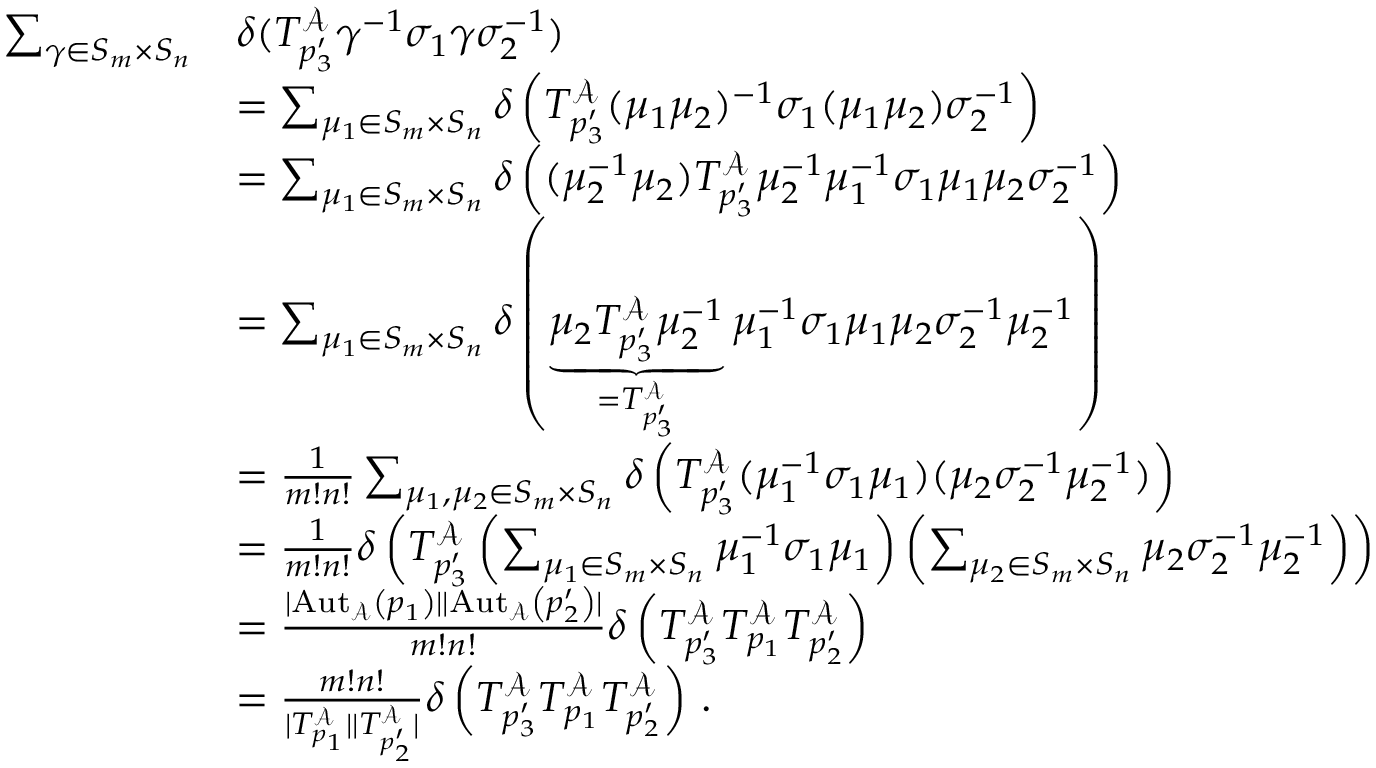
\begin{array} { r l } { \sum _ { \gamma \in S _ { m } \times S _ { n } } } & { \delta ( T _ { p _ { 3 } ^ { \prime } } ^ { \mathcal { A } } \gamma ^ { - 1 } \sigma _ { 1 } \gamma \sigma _ { 2 } ^ { - 1 } ) } \\ & { = \sum _ { \mu _ { 1 } \in S _ { m } \times S _ { n } } \delta \left( T _ { p _ { 3 } ^ { \prime } } ^ { \mathcal { A } } ( \mu _ { 1 } \mu _ { 2 } ) ^ { - 1 } \sigma _ { 1 } ( \mu _ { 1 } \mu _ { 2 } ) \sigma _ { 2 } ^ { - 1 } \right) } \\ & { = \sum _ { \mu _ { 1 } \in S _ { m } \times S _ { n } } \delta \left( ( \mu _ { 2 } ^ { - 1 } \mu _ { 2 } ) T _ { p _ { 3 } ^ { \prime } } ^ { \mathcal { A } } \mu _ { 2 } ^ { - 1 } \mu _ { 1 } ^ { - 1 } \sigma _ { 1 } \mu _ { 1 } \mu _ { 2 } \sigma _ { 2 } ^ { - 1 } \right) } \\ & { = \sum _ { \mu _ { 1 } \in S _ { m } \times S _ { n } } \delta \left( \underbrace { \mu _ { 2 } T _ { p _ { 3 } ^ { \prime } } ^ { \mathcal { A } } \mu _ { 2 } ^ { - 1 } } _ { = T _ { p _ { 3 } ^ { \prime } } ^ { \mathcal { A } } } \mu _ { 1 } ^ { - 1 } \sigma _ { 1 } \mu _ { 1 } \mu _ { 2 } \sigma _ { 2 } ^ { - 1 } \mu _ { 2 } ^ { - 1 } \right) } \\ & { = \frac { 1 } { m ! n ! } \sum _ { \mu _ { 1 } , \mu _ { 2 } \in S _ { m } \times S _ { n } } \delta \left( T _ { p _ { 3 } ^ { \prime } } ^ { \mathcal { A } } ( \mu _ { 1 } ^ { - 1 } \sigma _ { 1 } \mu _ { 1 } ) ( \mu _ { 2 } \sigma _ { 2 } ^ { - 1 } \mu _ { 2 } ^ { - 1 } ) \right) } \\ & { = \frac { 1 } { m ! n ! } \delta \left( T _ { p _ { 3 } ^ { \prime } } ^ { \mathcal { A } } \left( \sum _ { \mu _ { 1 } \in S _ { m } \times S _ { n } } \mu _ { 1 } ^ { - 1 } \sigma _ { 1 } \mu _ { 1 } \right) \left( \sum _ { \mu _ { 2 } \in S _ { m } \times S _ { n } } \mu _ { 2 } \sigma _ { 2 } ^ { - 1 } \mu _ { 2 } ^ { - 1 } \right) \right) } \\ & { = \frac { | \mathrm { A u t } _ { \mathcal { A } } \left( p _ { 1 } \right) | | \mathrm { A u t } _ { \mathcal { A } } \left( p _ { 2 } ^ { \prime } \right) | } { m ! n ! } \delta \left( T _ { p _ { 3 } ^ { \prime } } ^ { \mathcal { A } } T _ { p _ { 1 } } ^ { \mathcal { A } } T _ { p _ { 2 } ^ { \prime } } ^ { \mathcal { A } } \right) } \\ & { = \frac { m ! n ! } { | T _ { p _ { 1 } } ^ { \mathcal { A } } | | T _ { p _ { 2 } ^ { \prime } } ^ { \mathcal { A } } | } \delta \left( T _ { p _ { 3 } ^ { \prime } } ^ { \mathcal { A } } T _ { p _ { 1 } } ^ { \mathcal { A } } T _ { p _ { 2 } ^ { \prime } } ^ { \mathcal { A } } \right) \, . } \end{array}